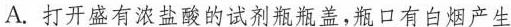
A.打开盛有浓盐酸的试剂瓶瓶盖，瓶口有白烟产生